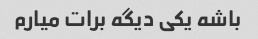
باشه یکی دیگه برات میارم